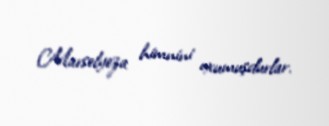
Marselyeza himnini oxumuşdurlar.